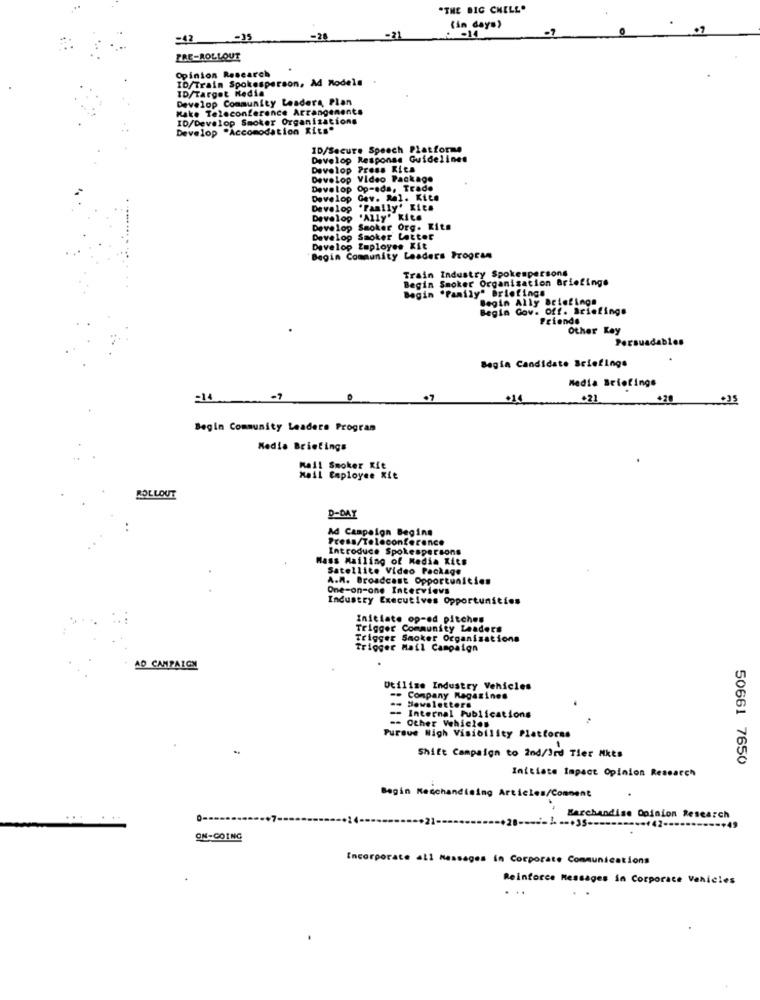
"THE BIG CHELL.
(in days)
=48
-35
-28
-21
PRE-ROLLOUT
Opinion Research
ID/Train Spokesperson, Ad Models
ID/Target Media
Develop Community Leaders Plan
Make Teleconference Arrangements
ID/Develop Smoker Organizations
Develop
Develop "Accomodation Rits"
ID/Secure Speech Platforme
Develop Response Guidelines
Develop Press Kits
Develop Video Package
Develop Op-eds, Trade
Develop
Gav. R.l. Kita
Develop
"Family" Kita
Develop
"Ally" Kits
Deve lop
Smoker Org. Kits
Deve Lop
Smoker Letter
Develop Employee Kit
Begin Community Leaders Program
Train Industry Spokespersons
Begin Smoker Organization Briefings
Begin "Family" Briefings
Begin Ally Briefings
Begin Cov. Off. Briefings
Friends
Other Key
Persuadables
Begin Candidate Briefings
Media Briefings
-14
-1
07
+21
Begin Community Leaders Program
Media Briefings
mail Smoker Kit
Mail Employee Xie
ROLLOUT
D-DAY
Ad Campaign Begins
Press/Teleconference
Introduce Spokespersons
Mass Mailing of Media Kits
Satellite Video Package
A.M. Broadcast Opportunities
One-on-one Interviews
Industry Executives Opportunities
Initiate op-ed pitches
Trigger Community Leaders
Trigger Smoker Organisations
Trigger Mail Campaign
AD CAMPAIGN
Utilize Industry Vehicles
Company Magazines
Mowaletters
Internal Publications
Other Vehicles
Pursue High Visibility Platforms
Shift Campaign to 2nd/3rd Tier Mkts
50661 7650
Initiate Impact Opinion Research
Begin Keschandising Articles/Comment
-- +35 --
Marchandise Opinion Research
ON-GOING
Incorporate all Messages in Corporate Communications
Reinforce Messages in Corporace Vehicles
..